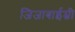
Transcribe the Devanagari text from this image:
जिजाबाईम्नी